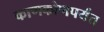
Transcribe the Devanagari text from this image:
काणकोणपर्यंत